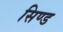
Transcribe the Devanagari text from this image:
सिण्ड